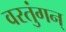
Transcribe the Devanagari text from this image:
वरतुंगन्